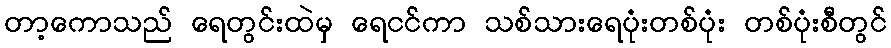
တာ့ကောသည် ရေတွင်းထဲမှ ရေငင်ကာ သစ်သားရေပုံးတစ်ပုံး တစ်ပုံးစီတွင်